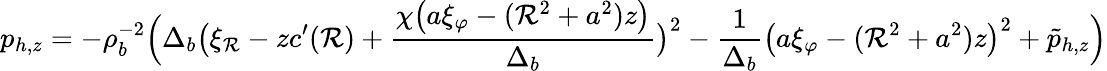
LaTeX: p_{h,z}=-\rho_{b}^{-2}\Big(\Delta_{b}\big(\xi_{\mathcal{R}}-zc^{\prime}(\mathcal{R})+\frac{{\chi\big(a\xi_{\varphi}-(\mathcal{R}^{2}+a^{2})z\big)}}{{\Delta_{b}}}\big)^{2}-\frac{{1}}{{\Delta_{b}}}\big(a\xi_{\varphi}-(\mathcal{R}^{2}+a^{2})z\big)^{2}+\tilde{{p}}_{h,z}\Big)